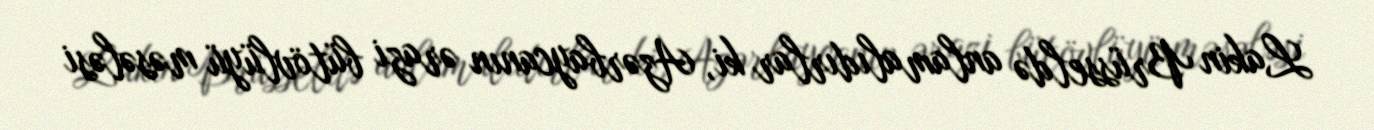
Lakin Brüsseldə anlamalıdırlar ki, Azərbaycanın ərazi bütövlüyü məsələsi